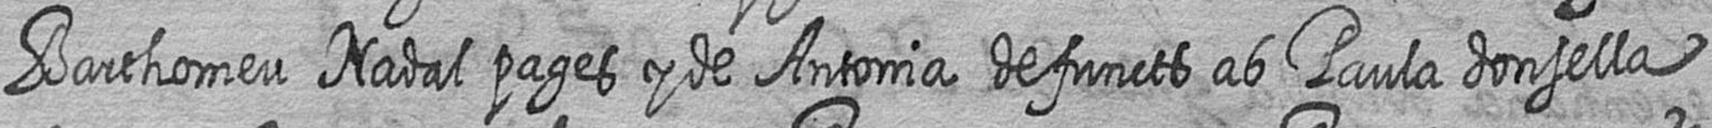
Barthomeu Nadal pages y de Antonia defuncts ab Paula donsella